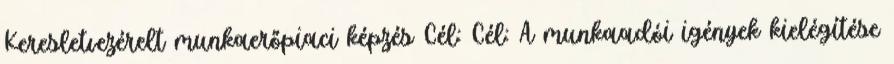
Keresletvezérelt munkaerőpiaci képzés Cél: Cél: A munkaadói igények kielégítése